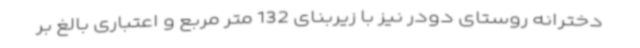
دخترانه روستای دودر نیز با زیربنای 132 متر مربع و اعتباری بالغ بر